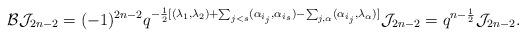
LaTeX: \begin{align*}\mathcal{B}\mathcal{J}_{2n-2}=(-1)^{2n-2}q^{-\frac{1}{2}[(\lambda_{1},\lambda_{2})+\sum_{j<s}(\alpha_{i_{j}},\alpha_{i_{s}})-\sum_{j,\alpha}(\alpha_{i_{j}},\lambda_{\alpha})]}\mathcal{J}_{2n-2}=q^{n-\frac{1}{2}}\mathcal{J}_{2n-2}.\end{align*}